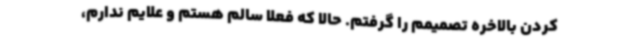
کردن بالاخره تصمیمم را گرفتم. حالا که فعلا سالم هستم و علایم ندارم،